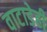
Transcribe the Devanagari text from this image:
वाटाडेही